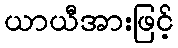
ယာယီအားဖြင့်